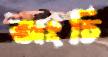
অংচি